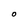
Character: O